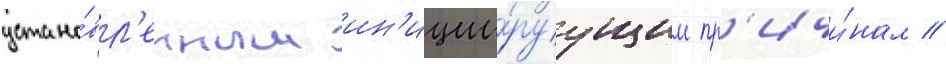
устано́вл'енным ин'иции́руущим пр'ичи́нам //